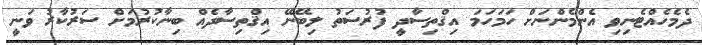
ދެމެހެއްޓެނިވި އެންމެންނަށް ހަމަހަމަ އިޤްތިސާދީ ފުރުސަތު ލިބޭނޭ އިޤްތިސާދެއް ބިނާކުރުމަށް ސަރުކާރު ވަނީ